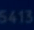
5413